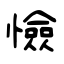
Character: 憸